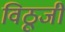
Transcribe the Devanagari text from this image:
विठूजी